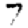
Digit: 7